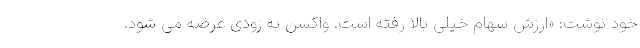
خود نوشت: «ارزش سهام خیلی بالا رفته است. واکسن به زودی عرضه می شود.